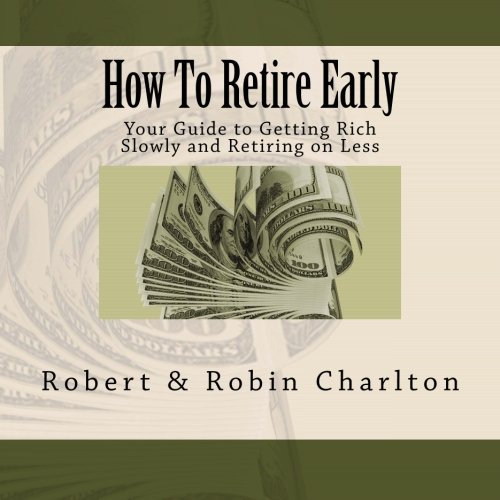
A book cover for How To Retire Early: Your Guide to Getting Rich Slowly and Retiring on Less; Robert Charlton; Business & Money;